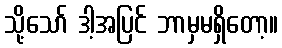
သို့သော် ဒါ့အပြင် ဘာမှမရှိတော့။